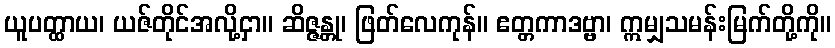
ယူပတ္ထာယ၊ ယဇ်တိုင်အလို့ငှာ။ ဆိဇ္ဇန္တု၊ ဖြတ်လေကုန်။ ဧတ္တကာဒဗ္ဗာ၊ ဣမျှသမန်းမြက်တို့ကို။